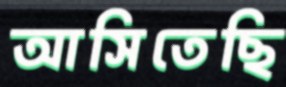
আসিতেছি